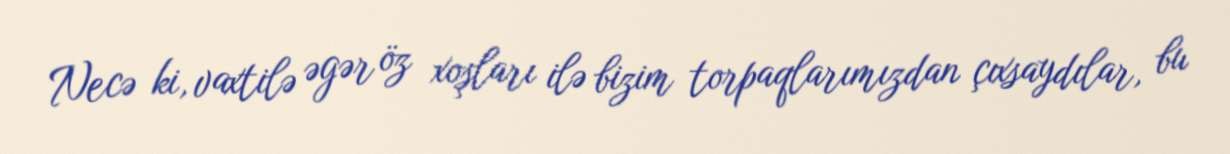
Necə ki, vaxtilə əgər öz xoşları ilə bizim torpaqlarımızdan çıxsaydılar, bu